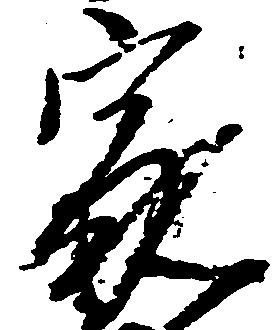
家